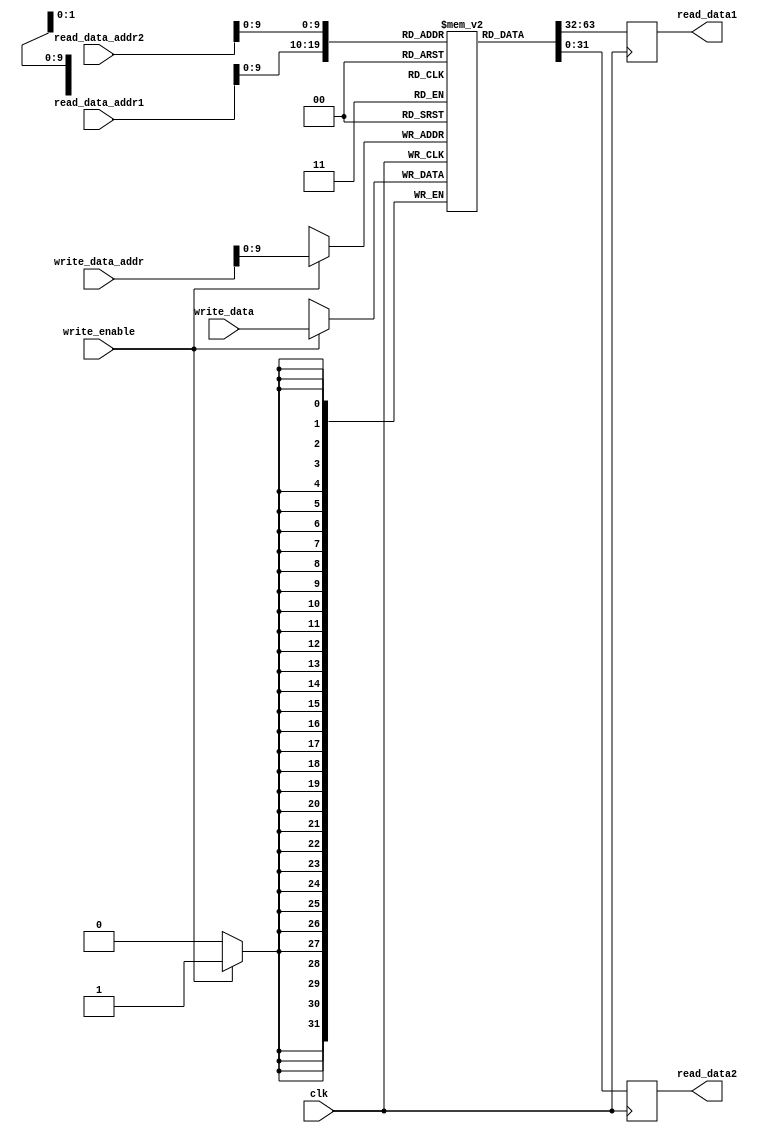
module register_file (
    input clk,
    input [31:0] read_data_addr1, read_data_addr2,
    input [31:0] write_data_addr,
    input [31:0] write_data,
    input write_enable,
    output reg [31:0] read_data1,
    output reg [31:0] read_data2
);

reg [31:0] reg_file [0:1023];

always @(posedge clk) begin
    if(write_enable)
        reg_file[write_data_addr] <= write_data;
    
    read_data1 <= reg_file[read_data_addr1];
    read_data2 <= reg_file[read_data_addr2];
end

endmodule